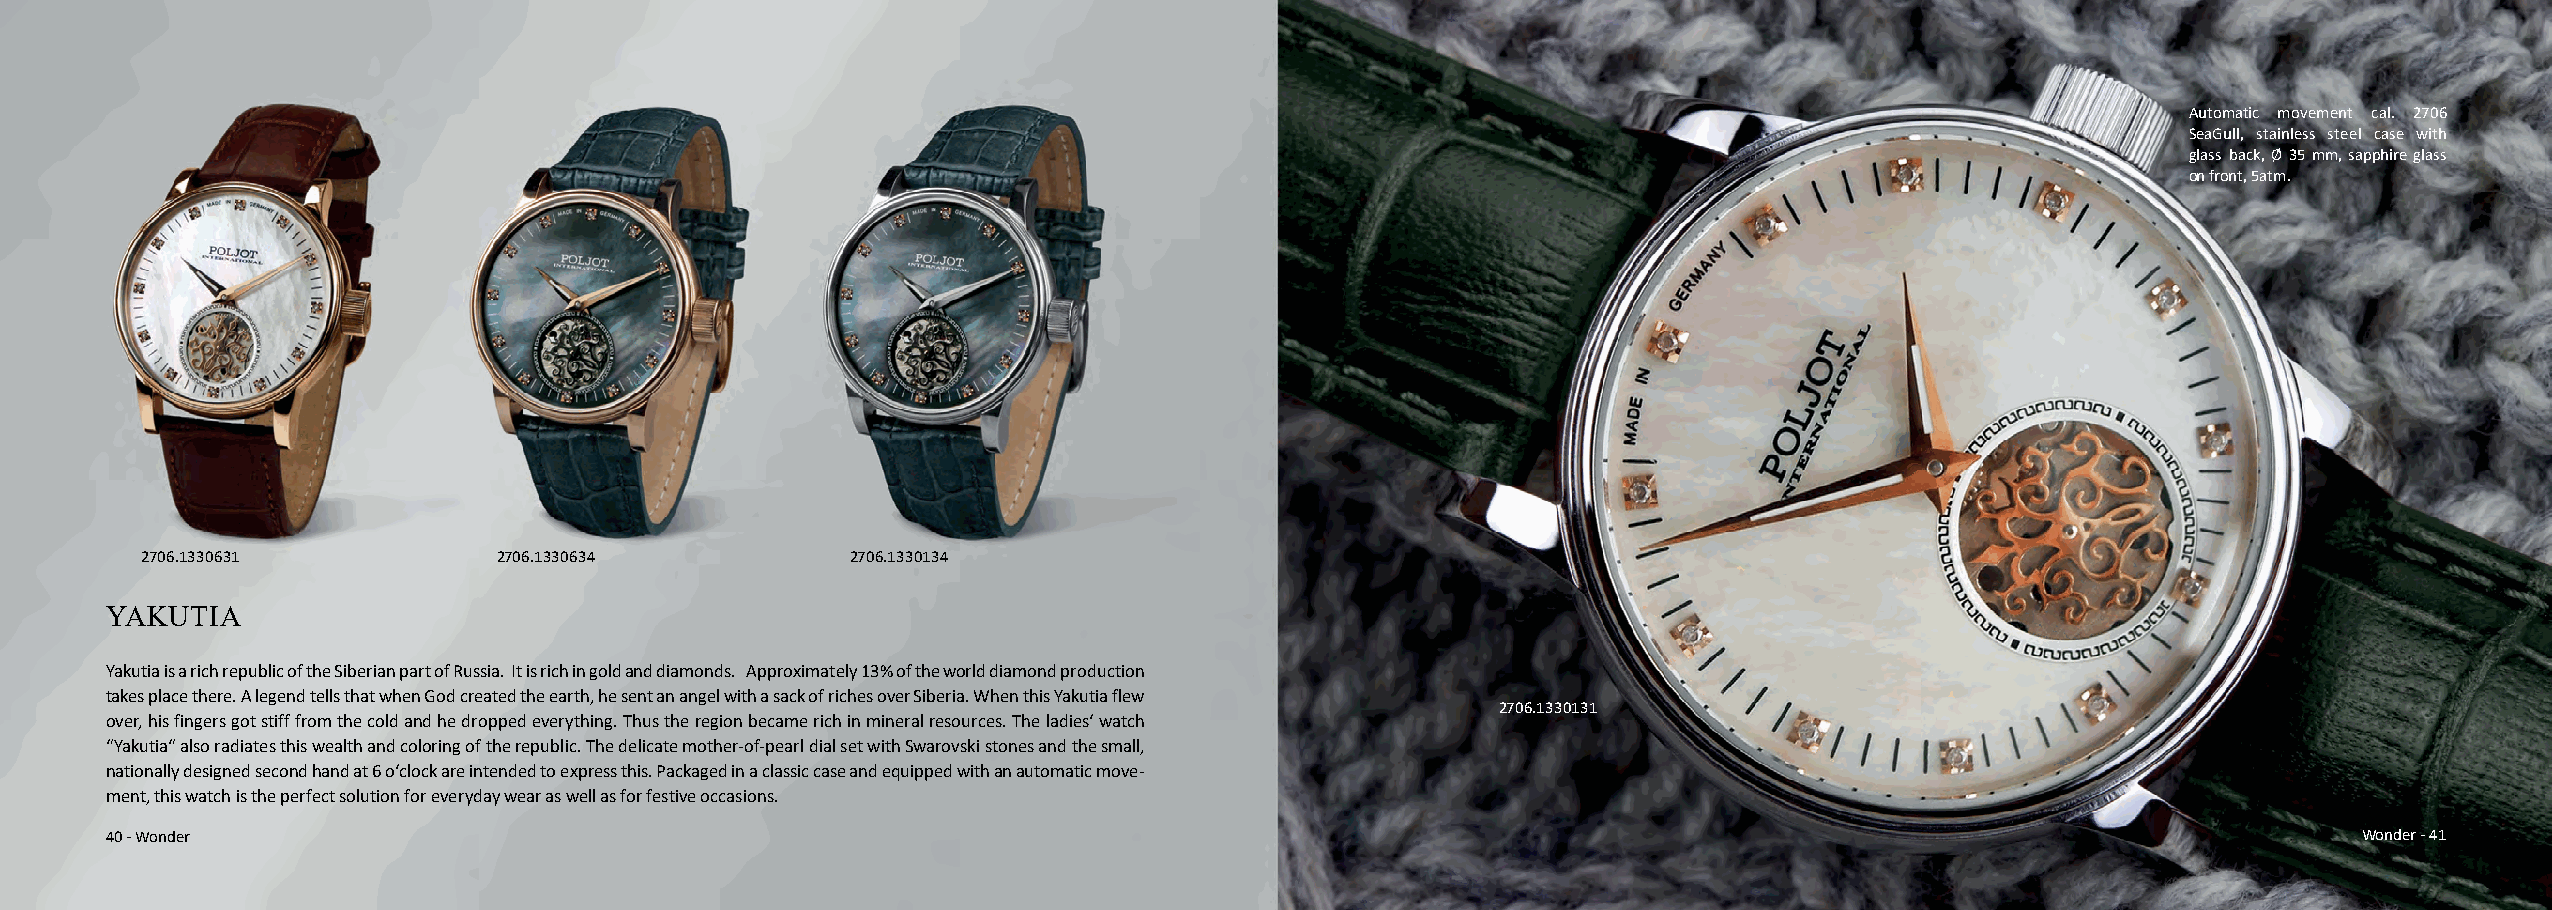
Automatic movement cal. 2706
 SeaGull, stainless steel case with
 glass back, Ø 35 mm, sapphire glass
 on front, 5atm.
 2706.1330631            2706.1330634           2706.1330134
 YAKUTIA
 Yakutia is a rich republic of the Siberian part of Russia. It is rich in gold and diamonds. Approximately 13% of the world diamond production
 takes place there. A legend tells that when God created the earth, he sent an angel with a sack of riches over Siberia. When this Yakutia flew
 2706.1330131
 over, his fingers got stiff from the cold and he dropped everything. Thus the region became rich in mineral resources. The ladies‘ watch
 “Yakutia“ also radiates this wealth and coloring of the republic. The delicate mother-of-pearl dial set with Swarovski stones and the small,
 nationally designed second hand at 6 o‘clock are intended to express this. Packaged in a classic case and equipped with an automatic move-
 ment, this watch is the perfect solution for everyday wear as well as for festive occasions.
 40 - Wonder                                                                                                                                          Wonder - 41